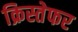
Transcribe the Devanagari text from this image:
क्रिस्तेफर